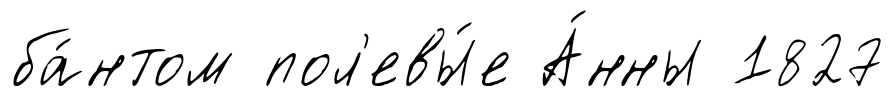
ба́нтом пол'евы́е А́нны 1827